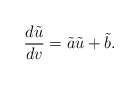
\begin{align*} \frac{d\tilde{u}}{dv}=\tilde{a}\tilde{u}+\tilde{b}.\end{align*}